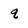
Character: q